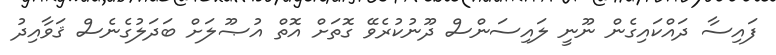
ފައިސާ ދައްކައިގެން ނޫނީ ލައިސަންސް ދޫނުކުރެވޭ ގޮތަށް އޮތް އުޞޫލަށް ބަދަލުގެނެސް ޤަވާއިދު